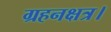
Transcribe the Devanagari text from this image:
ग्रहनक्षत्र।